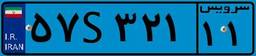
۵۷S۳۲۱۱۱